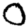
Digit: 0